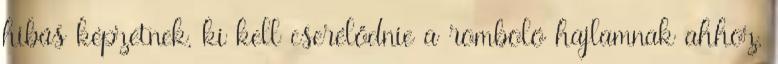
hibás képzetnek, ki kell cserélődnie a romboló hajlamnak ahhoz,